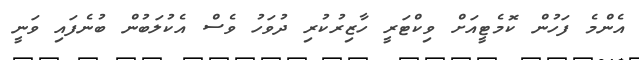
އެންމެ ފަހުން ކޮމެޓީއަށް ވިކްޓަރީ ހާޒިރުކުރި ދުވަހު ވެސް އެކުލަބުން ބުނެފައި ވަނީ